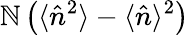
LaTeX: \mathbb{N}\left(\langle\hat{{n}}^{2}\rangle-\langle\hat{{n}}\rangle^{2}\right)